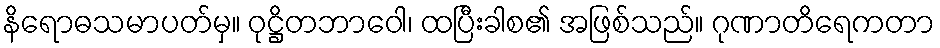
နိရောဓသမာပတ်မှ။ ဝုဋ္ဌိတဘာဝေါ၊ ထပြီးခါစ၏ အဖြစ်သည်။ ဂုဏာတိရေကတာ